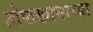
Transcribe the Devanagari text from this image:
तोफखानाच्या